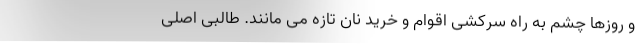
و روزها چشم به راه سرکشی اقوام و خرید نان تازه می مانند. طالبی اصلی